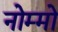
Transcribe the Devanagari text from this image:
नोम्मो